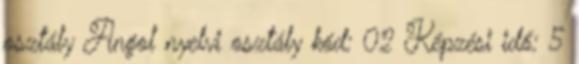
osztály Angol nyelvi osztály kód: 02 Képzési idő: 5